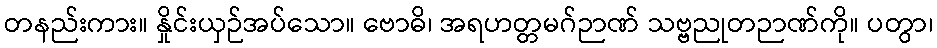
တနည်းကား။ နှိုင်းယှဉ်အပ်သော။ ဗောဓိ၊ အရဟတ္တမဂ်ဉာဏ် သဗ္ဗညုတဉာဏ်ကို။ ပတွာ၊